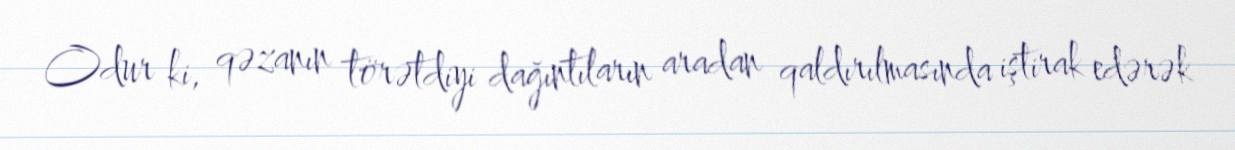
Odur ki, qəzanın törətdiyi dağıntıların aradan qaldırılmasında iştirak edərək